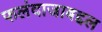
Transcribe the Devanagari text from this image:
फलंदाजाबद्दल